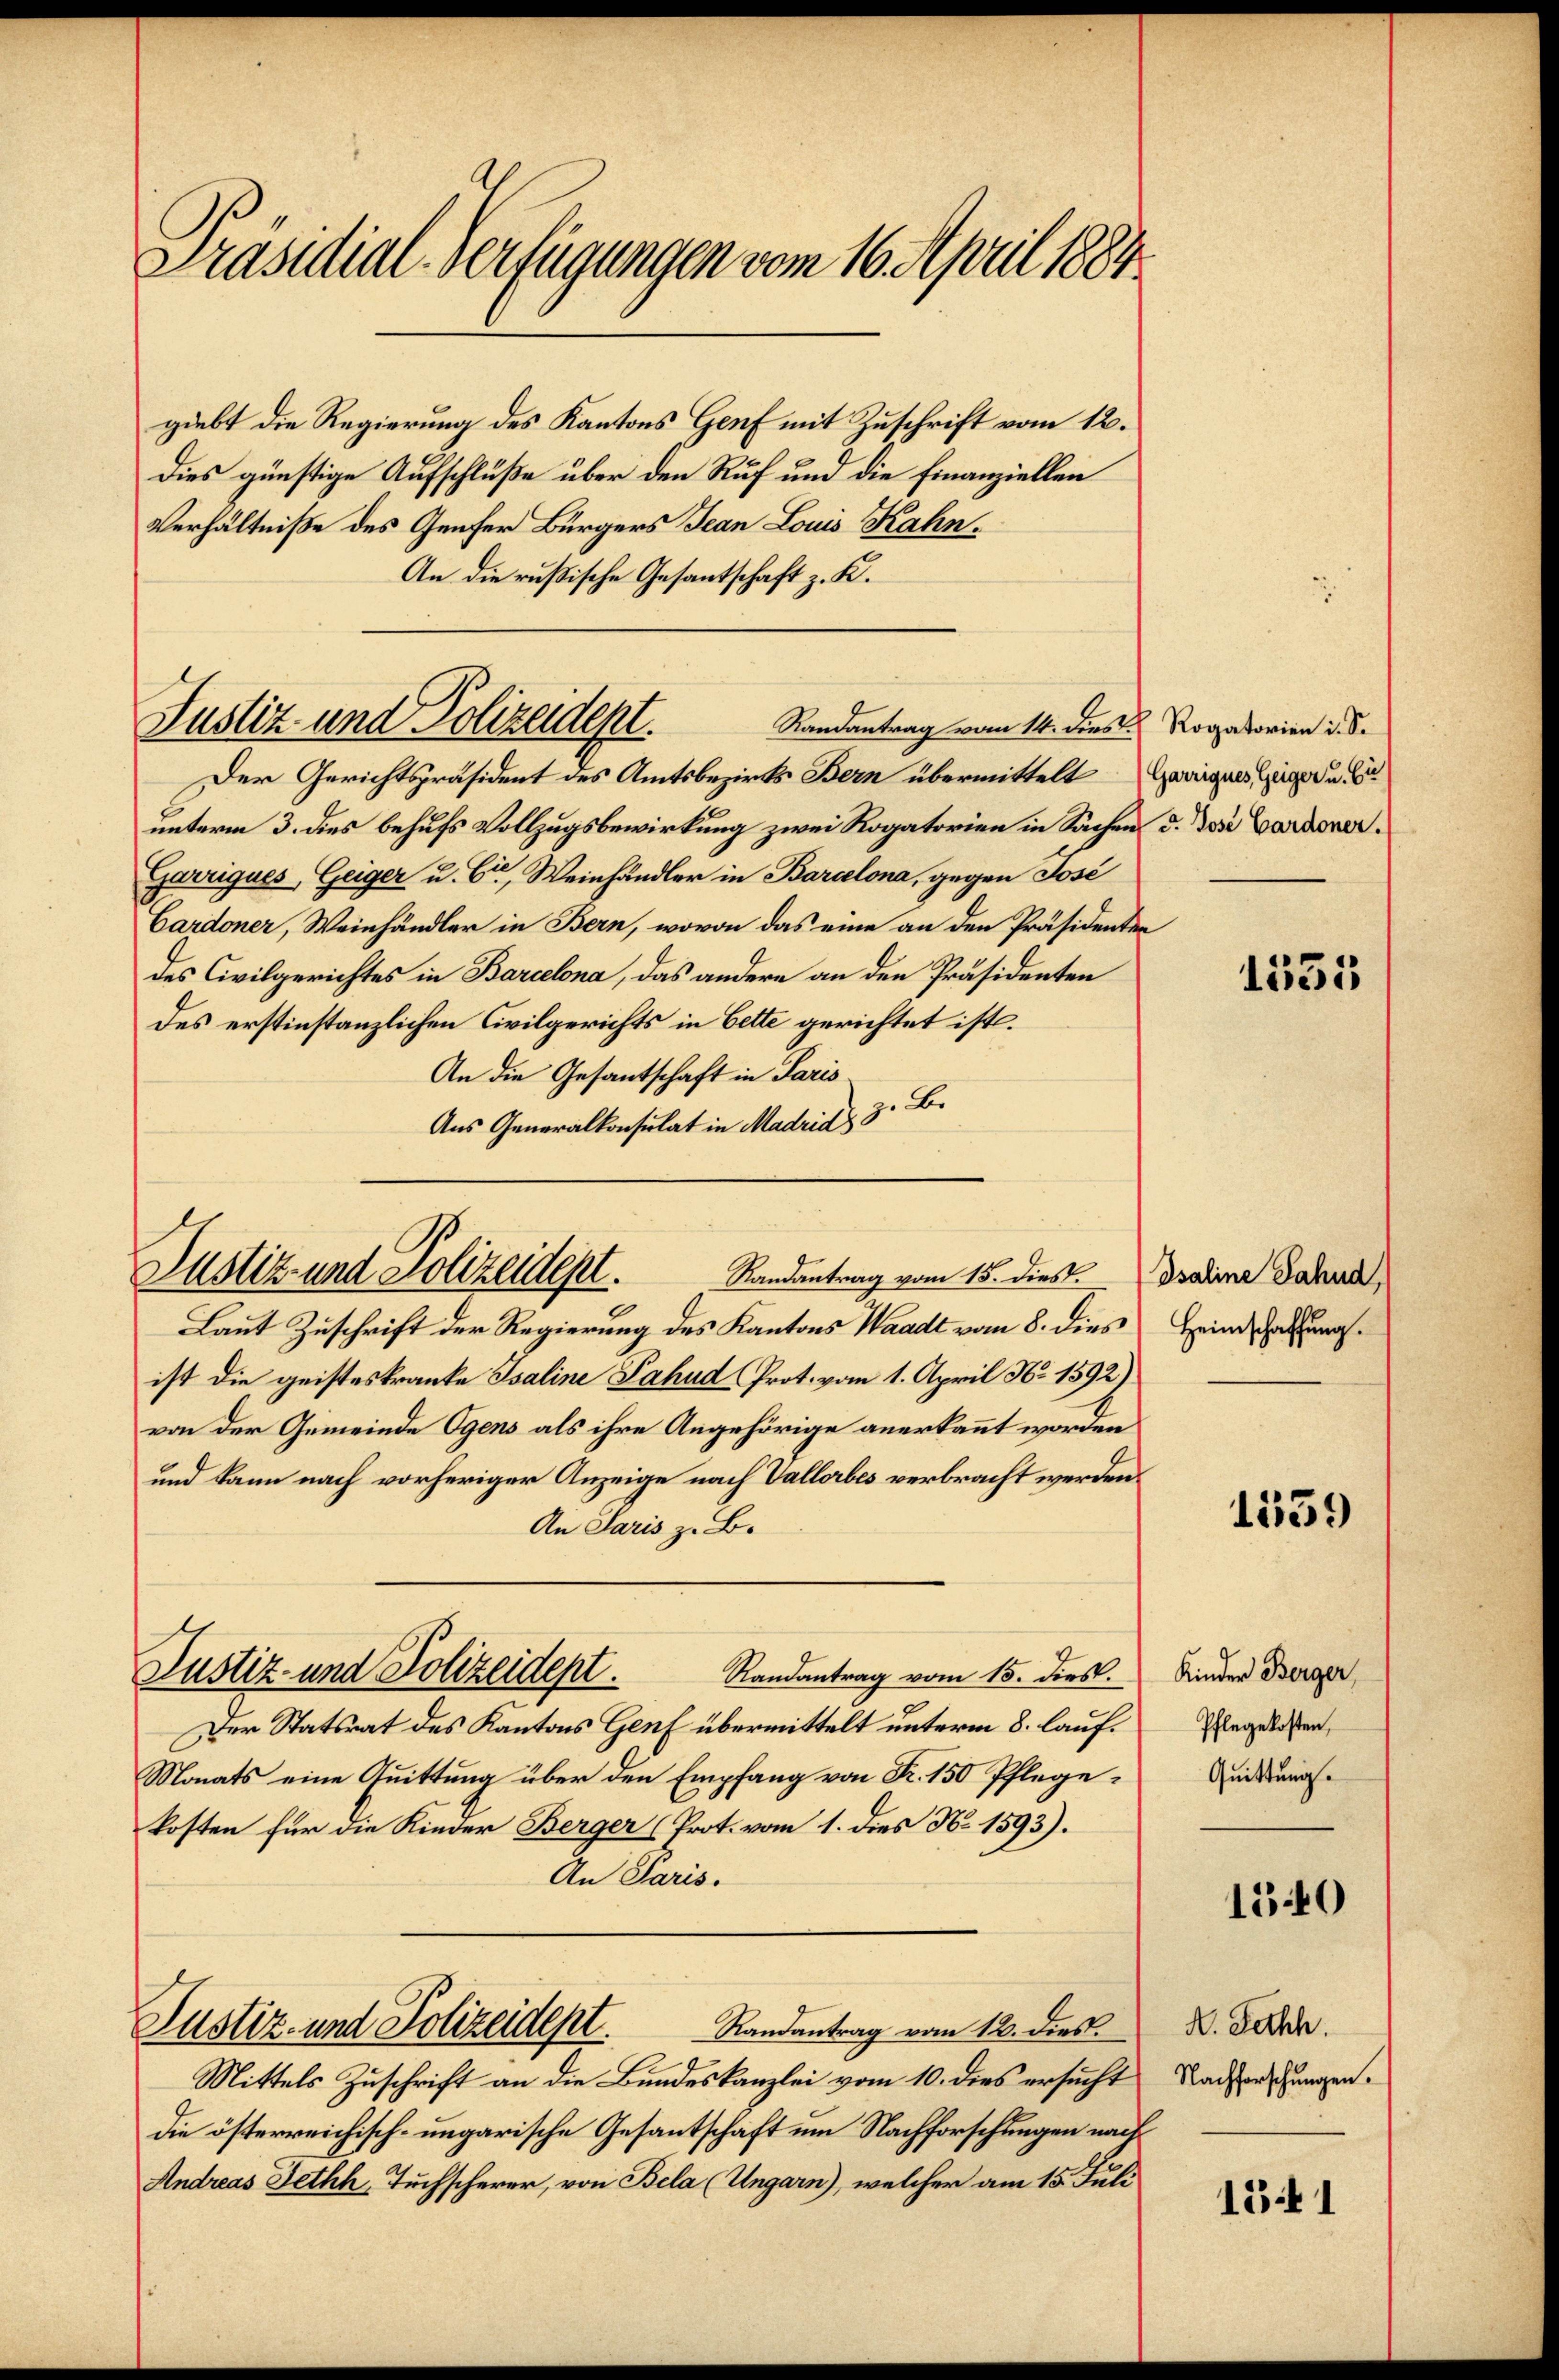
Präsidial-Verfügungen vom 16. April 1884.

giebt die Regierung des Kantons Genf mit Zuschrift vom 12.
dies günstige Aufschlüße über den Ruf und die Finanziellen
Verhältniße des Genfer Bürgers Jean Louis Kahn¬
An die rußische Gesantschaft z. K.

Justiz- und Polizeidept.
Randantrag vom 14. dies Rogatorien i. S.

Justiz- und Polizeidept.
Randantrag vom 15. dies

Der Gerichtspräsident des Amtsbezirks Bern übermittelt Geringels zuger u.
unterm 3. dies behufs Vollzugsbewirkung zwei Rogatorien in Sachen d. Tode Cardoner¬
Garrigues Geiger u. 6, Weinhändler in Barcelona, gegen Jose
Cardoner, Weinhändler in Bern, wovon das eine an den Präsidenten
des Civilgerichtes in Barcelona, das andere an den Präsidenten
des erstinstanzlichen Civilgerichts in Bette gerichtet ist.
An die Gesantschaft in Paris
Aus Generalkonsulat in Madria z. B.
Laut Zuschrift der Regierung des Kantons Waadt vom 8. dies Heinschatzungsist die geisteskranke Isaline Lahud Prot. vom 1. April N. 1592)
von der Gemeinde Ogens als ihre Angehörige anerkannt worden
und kann nach vorheriger Anzeige nach Vallorbes verbracht werden.
An Paris z. B.
Justiz- und Polizeidept.
Randantrag vom 15. dies.
Der Statsrat des Kantons Genf übermittelt unterm 8. lauf¬
Monats eine Quittung über den Empfang von Fr. 150 Pflegekosten für die Kinder Berger (Prot. vom 1. dies No 1593).
An Paris.
Justiz- und Polizeidept.
Randantrag vom 12. dies.
Mittels Zuschrift an die Bundeskanzlei vom 10. dies ersucht
die österreichisch-ungarische Gesantschaft um Nachforschungen nach
Andreas Jethh, Tuchscherer, von Bela (Ungarn), welcher am 15. Juli

1551

Isaline Jahnd,

1559

Kinder Berger,
Pflegekosten,
Quittung.

1340

H. Rathh
Nachforschungen.

151